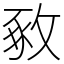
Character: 𢽴